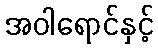
အဝါရောင်နှင့်